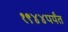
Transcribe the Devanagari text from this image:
१९४४पर्यंत